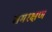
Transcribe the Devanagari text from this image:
समरक्षण